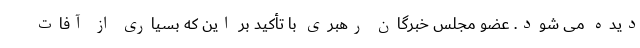
دیده می شود. عضو مجلس خبرگان رهبری با تأکید بر این که بسیاری از آفات